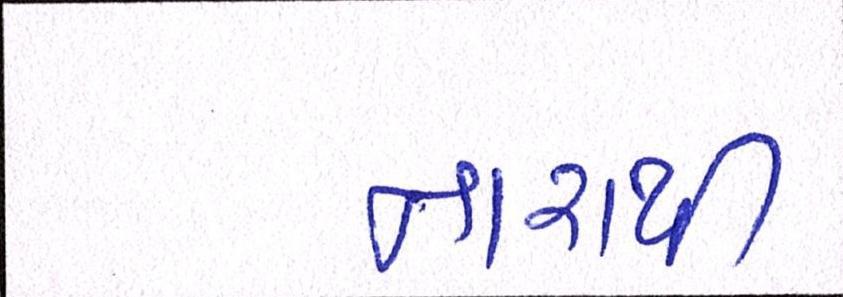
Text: નારાથી